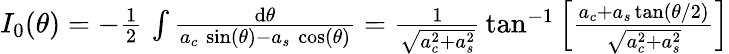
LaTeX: \begin{array}{r}{I_{0}(\theta)=-{\frac{1}{2}}\, \int{\frac{\mathrm{d}\theta}{a_{c}\, \sin(\theta)-a_{s}\, \cos(\theta)}}={\frac{1}{\sqrt{a_{c}^{2}+a_{s}^{2}}}}\tan^{-1}\left[{\frac{a_{c}+a_{s}\tan(\theta/2)}{\sqrt{a_{c}^{2}+a_{s}^{2}}}}\right]}\end{array}